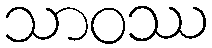
သာဝဿ